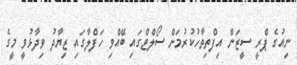
ނިއުގެ ޕްރީ ސީޒަން އިފްތިތާހުކުރުމަށް ސޯލްޓްގައި ބޭއްވި ހަފްލާގައި ޒިޔާދު ވިދާޅުވީ މީގެ